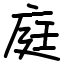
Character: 庭